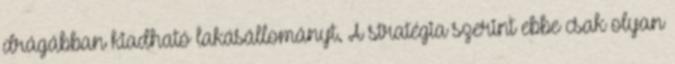
drágábban kiadható lakásállományt. A stratégia szerint ebbe csak olyan